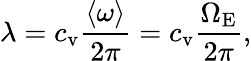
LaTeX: \lambda=c_{\mathrm{v}}\frac{\langle\omega\rangle}{2\pi}=c_{\mathrm{v}}\frac{\Omega_{\mathrm{E}}}{2\pi},